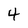
Character: 4